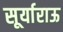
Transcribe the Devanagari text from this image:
सूर्याराऊ